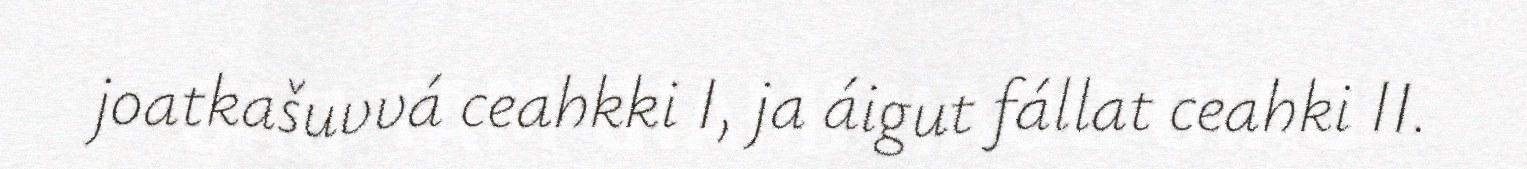
joatkašuvvá ceahkki I, ja áigut fállat ceahki II.